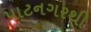
પાટનગરથી